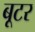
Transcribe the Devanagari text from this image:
बूटर